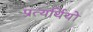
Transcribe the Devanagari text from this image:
प्रत्यर्थियों